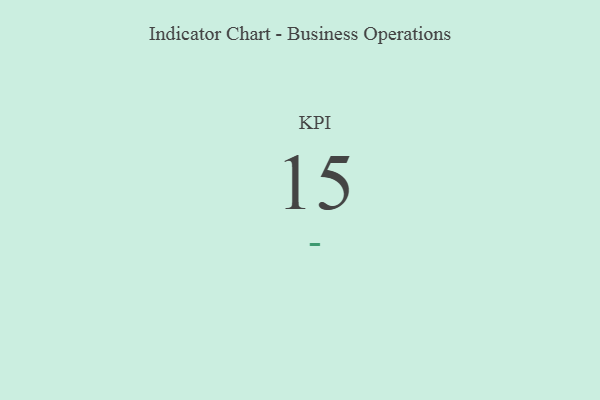
{"axis": {"x": "KPI", "y": "Value"}, "legend": [""], "data": [{"x": "KPI", "y": 15, "type": ""}]}